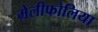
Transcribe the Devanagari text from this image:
मेलीफोलिया